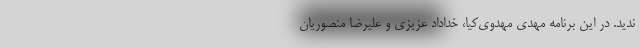
ندید. در این برنامه مهدی مهدوی‌کیا، خداداد عزیزی و علیرضا منصوریان